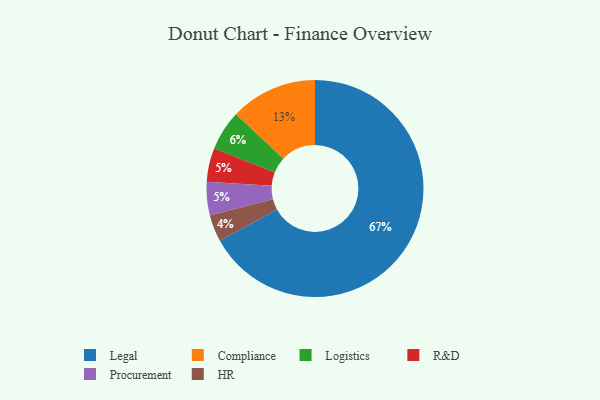
{"axis": {"x": "Category", "y": "Percentage"}, "legend": ["Compliance", "HR", "Legal", "Logistics", "Procurement", "R&D"], "data": [{"x": "R&D", "y": 5, "type": "R&D"}, {"x": "HR", "y": 4, "type": "HR"}, {"x": "Logistics", "y": 6, "type": "Logistics"}, {"x": "Compliance", "y": 13, "type": "Compliance"}, {"x": "Procurement", "y": 5, "type": "Procurement"}, {"x": "Legal", "y": 67, "type": "Legal"}]}